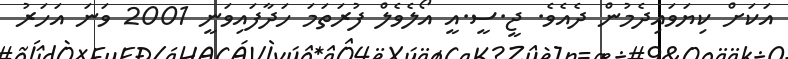
އަކަށް ކިޔަވައިދެމުން ދެއެވެ. ޖީ.ސީ.އީ އޯލެވެލް ފުރަތަމަ ހަދާފައިވަނީ 2001 ވަނަ އަހަރު